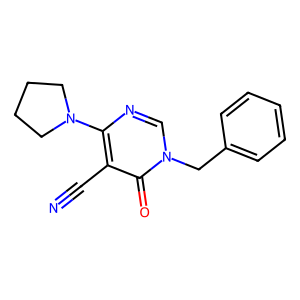
SMILES: N#Cc1c(N2CCCC2)ncn(Cc2ccccc2)c1=O
Inhibits HIV replication: No